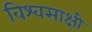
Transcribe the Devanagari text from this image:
विश्वसाक्षी